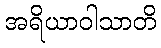
အရိယာဝါသာတိ